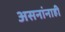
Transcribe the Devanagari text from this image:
असनांनाही